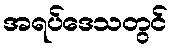
အရပ်ဒေသတွင်